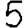
Digit: 5